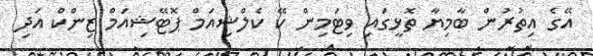
އޭގެ އިތުރުން ބާމިޔާ ތޮޅީގައި ވިޓަމިން ކޭ ކެލްޝިއަމް ޕޮޓޭޝިއަމް ޒިންކް އަދި